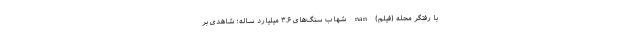
با رفتگر محله (فیلم) nan شهاب‌ سنگ‌های ۳.۶ میلیارد ساله؛ شاهدی بر